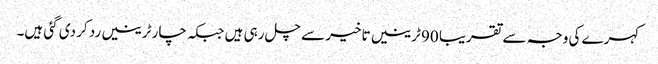
کہرے کی وجہ سے تقریبا 90 ٹرینیں تاخیر سے چل رہی ہیں جبکہ چار ٹرینیں رد کر دی گئی ہیں۔